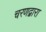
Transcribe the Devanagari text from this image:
चरणद्वारा